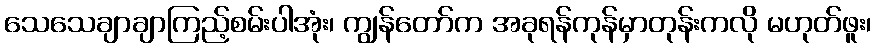
သေသေချာချာကြည့်စမ်းပါအုံး၊ ကျွန်တော်က အခုရန်ကုန်မှာတုန်းကလို မဟုတ်ဖူး၊